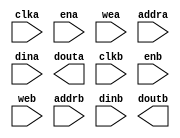
module ram_16x8k_dp(
  clka,
  ena,
  wea,
  addra,
  dina,
  douta,
  clkb,
  enb,
  web,
  addrb,
  dinb,
  doutb
);

input clka;
input ena;
input [1 : 0] wea;
input [12 : 0] addra;
input [15 : 0] dina;
output [15 : 0] douta;
input clkb;
input enb;
input [1 : 0] web;
input [12 : 0] addrb;
input [15 : 0] dinb;
output [15 : 0] doutb;

// synthesis translate_off

  BLK_MEM_GEN_V7_2 #(
    .C_ADDRA_WIDTH(13),
    .C_ADDRB_WIDTH(13),
    .C_ALGORITHM(1),
    .C_AXI_ID_WIDTH(4),
    .C_AXI_SLAVE_TYPE(0),
    .C_AXI_TYPE(1),
    .C_BYTE_SIZE(8),
    .C_COMMON_CLK(1),
    .C_DEFAULT_DATA("0"),
    .C_DISABLE_WARN_BHV_COLL(0),
    .C_DISABLE_WARN_BHV_RANGE(0),
    .C_ENABLE_32BIT_ADDRESS(0),
    .C_FAMILY("spartan6"),
    .C_HAS_AXI_ID(0),
    .C_HAS_ENA(1),
    .C_HAS_ENB(1),
    .C_HAS_INJECTERR(0),
    .C_HAS_MEM_OUTPUT_REGS_A(0),
    .C_HAS_MEM_OUTPUT_REGS_B(0),
    .C_HAS_MUX_OUTPUT_REGS_A(0),
    .C_HAS_MUX_OUTPUT_REGS_B(0),
    .C_HAS_REGCEA(0),
    .C_HAS_REGCEB(0),
    .C_HAS_RSTA(0),
    .C_HAS_RSTB(0),
    .C_HAS_SOFTECC_INPUT_REGS_A(0),
    .C_HAS_SOFTECC_OUTPUT_REGS_B(0),
    .C_INIT_FILE_NAME("no_coe_file_loaded"),
    .C_INITA_VAL("0"),
    .C_INITB_VAL("0"),
    .C_INTERFACE_TYPE(0),
    .C_LOAD_INIT_FILE(0),
    .C_MEM_TYPE(2),
    .C_MUX_PIPELINE_STAGES(0),
    .C_PRIM_TYPE(1),
    .C_READ_DEPTH_A(8192),
    .C_READ_DEPTH_B(8192),
    .C_READ_WIDTH_A(16),
    .C_READ_WIDTH_B(16),
    .C_RST_PRIORITY_A("CE"),
    .C_RST_PRIORITY_B("CE"),
    .C_RST_TYPE("SYNC"),
    .C_RSTRAM_A(0),
    .C_RSTRAM_B(0),
    .C_SIM_COLLISION_CHECK("ALL"),
    .C_USE_BYTE_WEA(1),
    .C_USE_BYTE_WEB(1),
    .C_USE_DEFAULT_DATA(0),
    .C_USE_ECC(0),
    .C_USE_SOFTECC(0),
    .C_WEA_WIDTH(2),
    .C_WEB_WIDTH(2),
    .C_WRITE_DEPTH_A(8192),
    .C_WRITE_DEPTH_B(8192),
    .C_WRITE_MODE_A("WRITE_FIRST"),
    .C_WRITE_MODE_B("WRITE_FIRST"),
    .C_WRITE_WIDTH_A(16),
    .C_WRITE_WIDTH_B(16),
    .C_XDEVICEFAMILY("spartan6")
  )
  inst (
    .CLKA(clka),
    .ENA(ena),
    .WEA(wea),
    .ADDRA(addra),
    .DINA(dina),
    .DOUTA(douta),
    .CLKB(clkb),
    .ENB(enb),
    .WEB(web),
    .ADDRB(addrb),
    .DINB(dinb),
    .DOUTB(doutb),
    .RSTA(),
    .REGCEA(),
    .RSTB(),
    .REGCEB(),
    .INJECTSBITERR(),
    .INJECTDBITERR(),
    .SBITERR(),
    .DBITERR(),
    .RDADDRECC(),
    .S_ACLK(),
    .S_ARESETN(),
    .S_AXI_AWID(),
    .S_AXI_AWADDR(),
    .S_AXI_AWLEN(),
    .S_AXI_AWSIZE(),
    .S_AXI_AWBURST(),
    .S_AXI_AWVALID(),
    .S_AXI_AWREADY(),
    .S_AXI_WDATA(),
    .S_AXI_WSTRB(),
    .S_AXI_WLAST(),
    .S_AXI_WVALID(),
    .S_AXI_WREADY(),
    .S_AXI_BID(),
    .S_AXI_BRESP(),
    .S_AXI_BVALID(),
    .S_AXI_BREADY(),
    .S_AXI_ARID(),
    .S_AXI_ARADDR(),
    .S_AXI_ARLEN(),
    .S_AXI_ARSIZE(),
    .S_AXI_ARBURST(),
    .S_AXI_ARVALID(),
    .S_AXI_ARREADY(),
    .S_AXI_RID(),
    .S_AXI_RDATA(),
    .S_AXI_RRESP(),
    .S_AXI_RLAST(),
    .S_AXI_RVALID(),
    .S_AXI_RREADY(),
    .S_AXI_INJECTSBITERR(),
    .S_AXI_INJECTDBITERR(),
    .S_AXI_SBITERR(),
    .S_AXI_DBITERR(),
    .S_AXI_RDADDRECC()
  );

// synthesis translate_on

endmodule